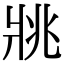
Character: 𤕷